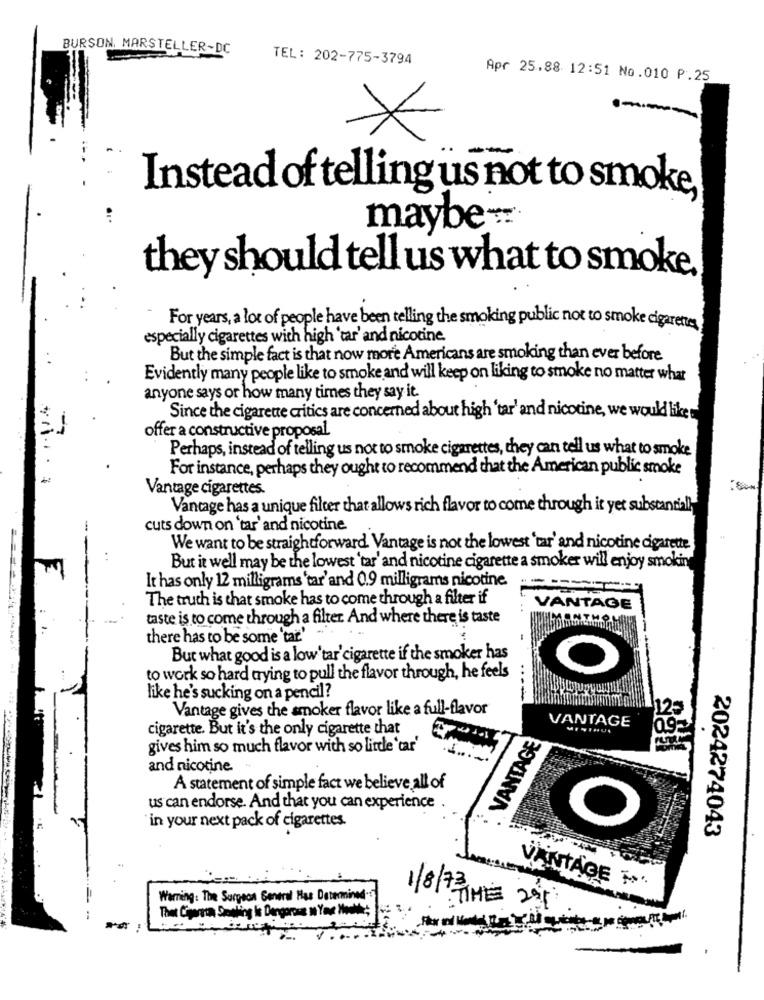
BURSON, MARSTELLER-DC
TEL: 202-775-3794
Apr 25,88 12:51 No.010 P.25
Instead of telling us not to smoke
maybe
they should tell us what to smoke.
For years, a lot of people have been telling the smoking public not to smoke cigarettes
especially cigarettes with high 'tar' and nicotine.
But the simple fact is that now more Americans are smoking than ever before
Evidently many people like to smoke and will keep on liking to smoke no matter what
anyone says or how many times they say it.
Since the cigarette critics are concerned about high 'tar' and nicotine, we would like
offer a constructive proposal.
Perhaps, instead of telling us not to smoke cigarettes, they can tell us what to smoke
For instance, perhaps they ought to recommend that the American public smoke
Vantage cigarettes.
Vantage has a unique filter that allows rich flavor to come through it yet substantial
cuts down on 'tar' and nicotine
We want to be straightforward. Vantage is not the lowest 'tar' and nicotine cigarette
But it well may be the lowest 'tar' and nicotine cigarette a smoker will enjoy smoking
It has only 12 milligrams 'tar'and 0.9 milligrams nicotine.
The truth is that smoke has to come through a filter if
VANTAGE
taste is to come through a filter. And where there is taste
there has to be some 'tar'
But what good is a low'tar'cigarette if the smoker has
to work so hard trying to pull the flavor through, he feels
like he's sucking on a pencil?
-
Vantage gives the smoker flavor like a full-flavor
125
cigarette. But it's the only cigarette that
VANTAGE
VANTAGE
gives him so much flavor with so little 'car'
and nicotine
A statement of simple fact we believe all of
us can endorse. And that you can experience
"in your next pack of cigarettes.
O
2024274043
1/8/73
VANTAGE F
Warning: The Surgeon General Has Determined.
TIME 29%
Thet Comna Span